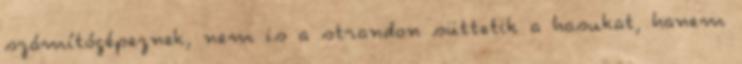
számítógépeznek, nem is a strandon süttetik a hasukat, hanem